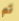
تم